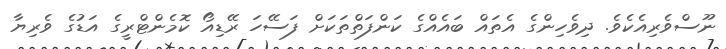
ނޫސްވެރިއެކެވެ. ދިވެހިންގެ އެތައް ބައެއްގެ ކަންފަތްތަކަށް ފަސޭހަ ރޭޑިއޯ ކޮމެންޓްރީގެ އަޑުގެ ވެރިޔާ